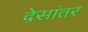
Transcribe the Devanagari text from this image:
देसांतर